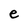
Character: e